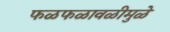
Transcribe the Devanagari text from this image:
फळफळावळीमुळे